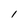
Character: l